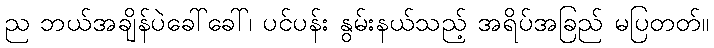
ည ဘယ်အချိန်ပဲခေါ်ခေါ်၊ ပင်ပန်း နွမ်းနယ်သည့် အရိပ်အခြည် မပြတတ်။